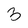
Character: 3